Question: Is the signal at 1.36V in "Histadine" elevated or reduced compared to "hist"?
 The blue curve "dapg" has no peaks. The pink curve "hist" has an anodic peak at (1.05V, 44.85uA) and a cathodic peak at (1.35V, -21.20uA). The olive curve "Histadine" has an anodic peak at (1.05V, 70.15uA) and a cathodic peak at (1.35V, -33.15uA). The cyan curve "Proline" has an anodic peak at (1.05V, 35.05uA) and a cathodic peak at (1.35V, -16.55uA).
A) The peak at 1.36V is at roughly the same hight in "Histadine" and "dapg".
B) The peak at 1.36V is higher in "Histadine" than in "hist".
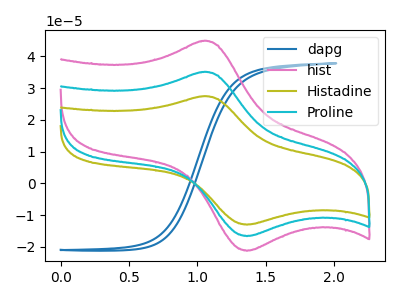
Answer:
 <answer>B) The peak at 1.36V is higher in "Histadine" than in "hist".</answer>
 <eval>B</eval>